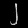
Digit: ၂